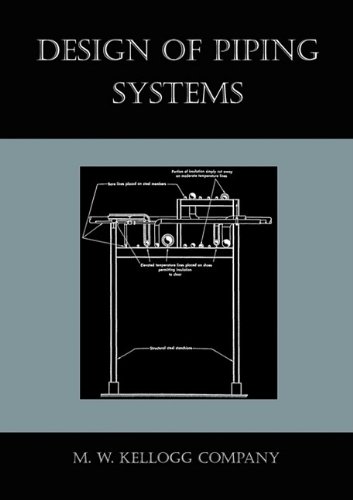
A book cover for Design of Piping Systems; M. W. Kellogg Company; Science & Math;